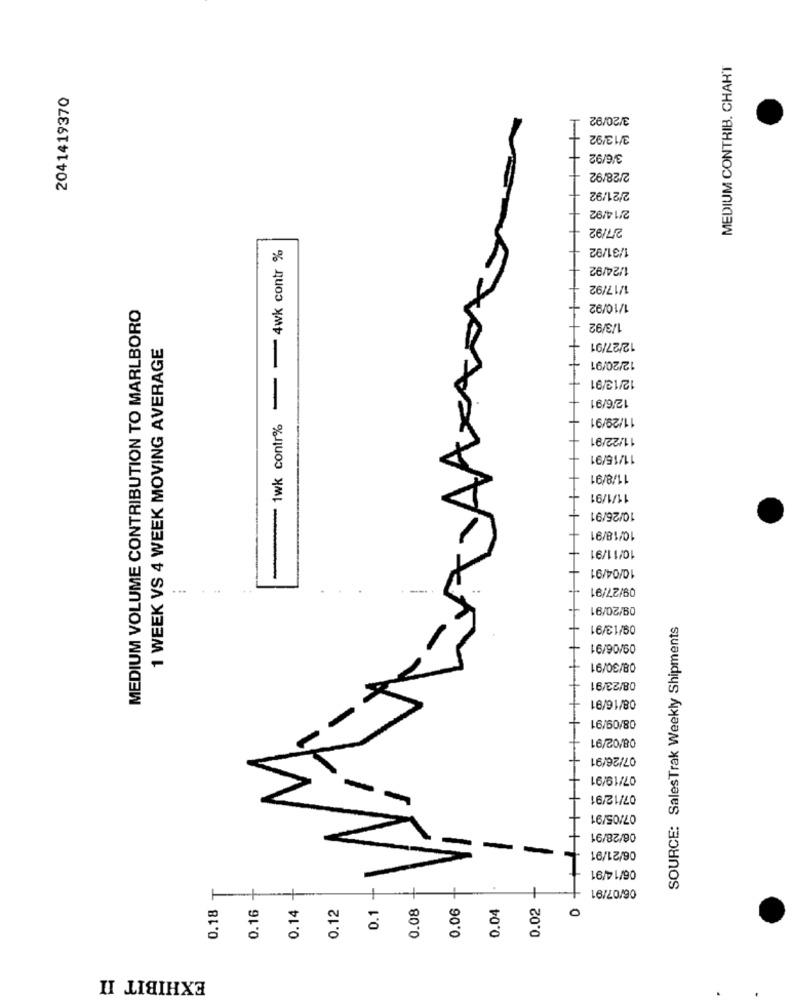
MEDIUM CONTRIB. CHAH'T
2041419370
3/20/92
3/13/92
3/6/92
2/28/92
2/21/92
2/14/92
2/7/92
1wk contr% - - 4wk contr %
1/31/92
1/24/92
1/17/92
MEDIUM VOLUME CONTRIBUTION TO MARLBORO
1/10/92
1/3/92
1 WEEK VS 4 WEEK MOVING AVERAGE
12/27/91
12/20/91
12/13/91
12/6/91
11/29/91
11/22/91
11/15/91
11/8/91
11/1/91
10/26/91
10/18/91
10/11/91
10/04/91
09/27/91
09/20/91
09/13/91
SOURCE: SalesTrak Weekly Shipments
09/06/91
08/30/91
08/23/91
08/16/91
08/09/91
08/02/91
07/26/91
07/19/91
07/12/91
07/05/91
06/28/91
06/21/91
06/14/91
T
06/07/91
0.18
0.16
0.14
0.12
0.1
0.08
0.06
0.02
O
0.04
EXHIBIT II